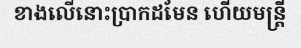
ខាងលើនោះប្រាកដមែន ហើយមន្ត្រី